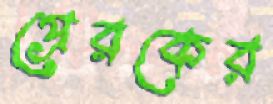
প্রেরকের